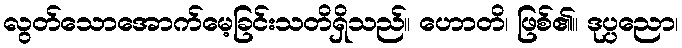
လွတ်သောအောက်မေ့ခြင်းသတိရှိသည်။ ဟောတိ၊ ဖြစ်၏။ ဒုပ္ပညော၊